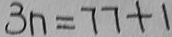
3 n = 7 7 + 1